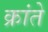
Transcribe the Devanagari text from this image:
क्रांते